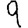
Digit: 9